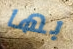
بها